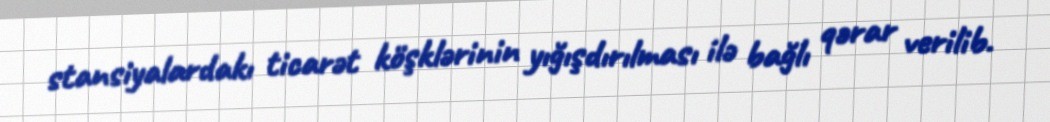
stansiyalardakı ticarət köşklərinin yığışdırılması ilə bağlı qərar verilib.